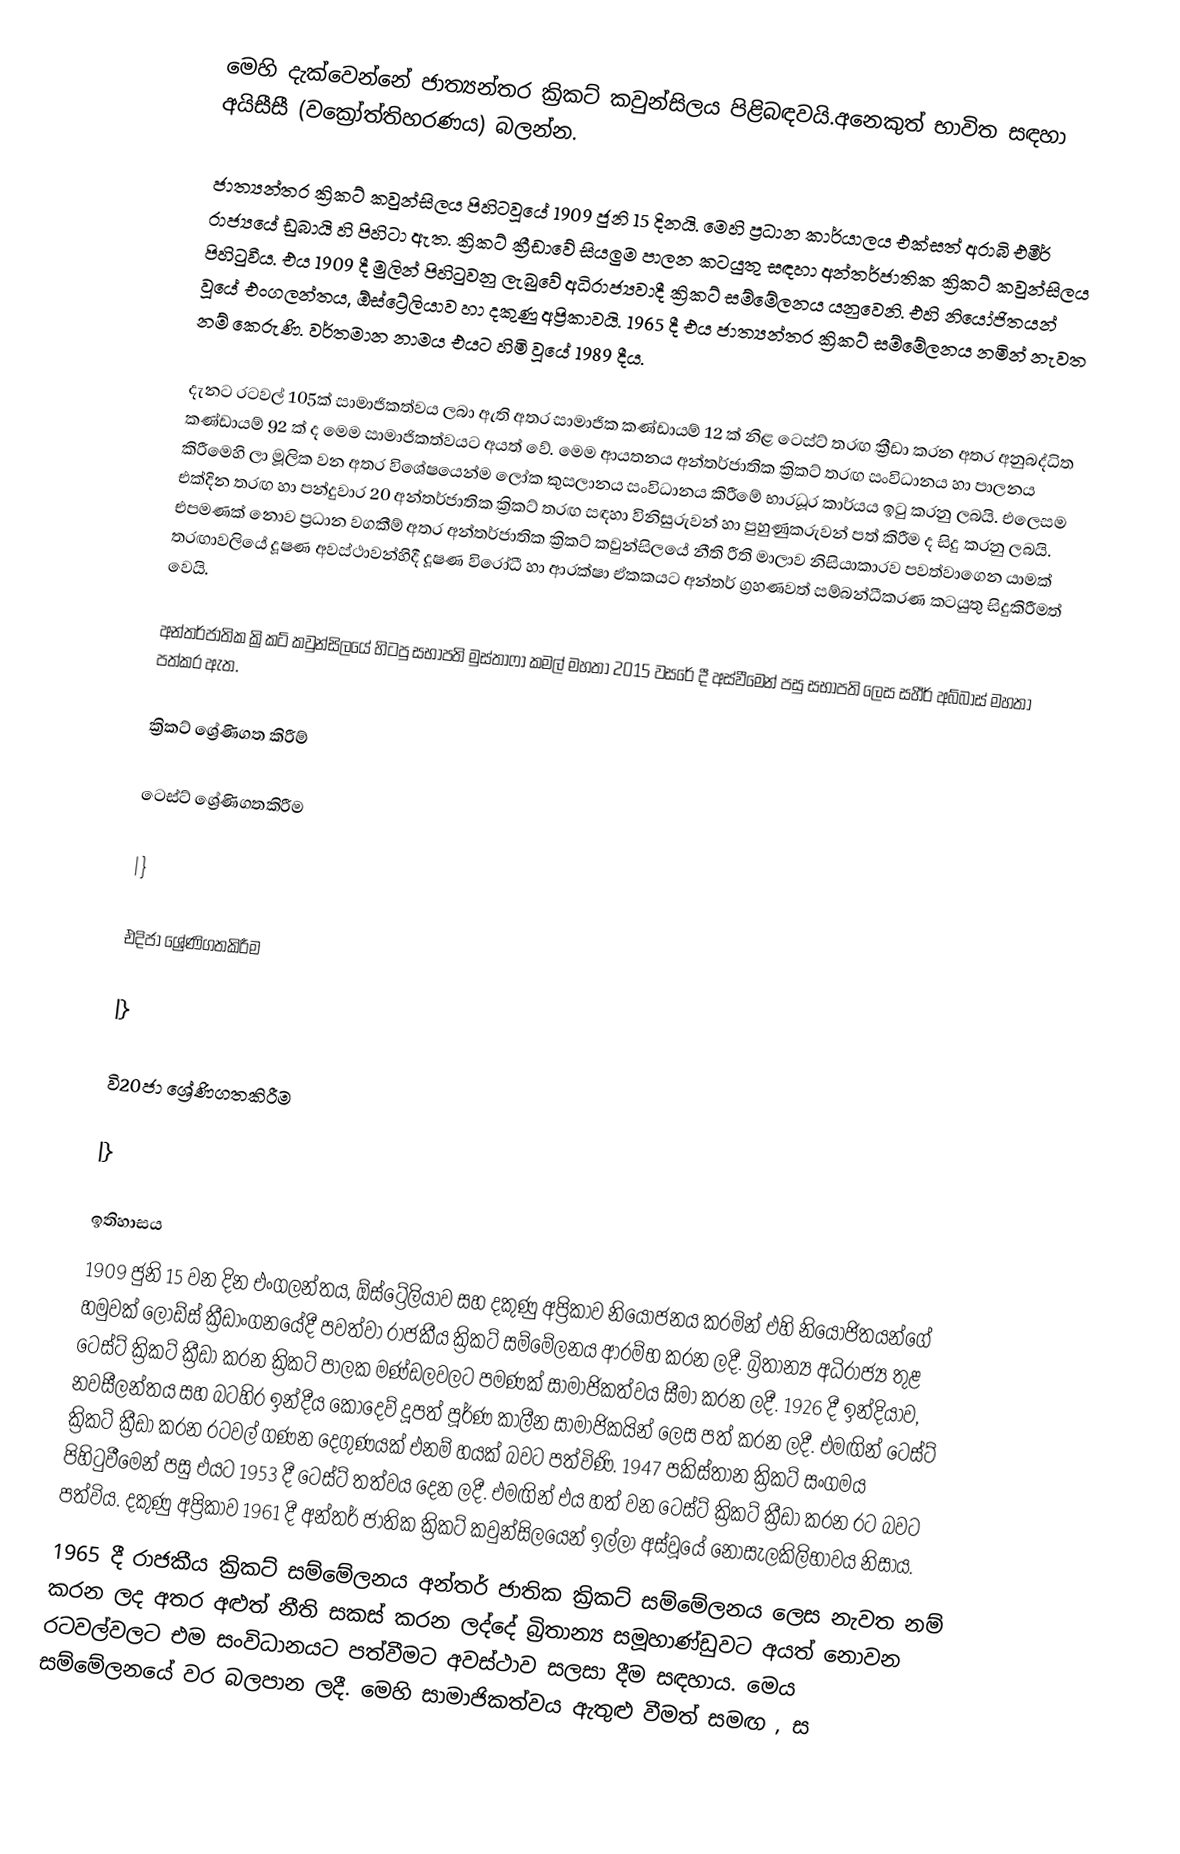
මෙහි දැක්වෙන්නේ ජාත්‍යන්තර ක්‍රිකට් කවුන්සිලය පිළිබඳවයි.අනෙකුත් භාවිත සඳහා අයිසීසී (වක්‍රෝත්තිහරණය) බලන්න.

ජාත්‍යන්තර ක්‍රිකට් කවුන්සිලය පිහිටවූයේ 1909 ජුනි 15 දිනයි. මෙහි ප්‍රධාන කාර්යාලය එක්සත් අරාබි එමීර් රාජ්‍යයේ ඩුබායි හි පිහිටා ඇත. ක්‍රිකට් ක්‍රීඩාවේ සියලුම පාලන කටයුතු සඳහා අන්තර්ජාතික ක්‍රිකට් කවුන්සිලය පිහිටුවීය. එය 1909 දී මුලින් පිහිටුවනු ලැබුවේ අධිරාජ්‍යවාදී ක්‍රිකට් සම්මේලනය යනුවෙනි. එහි නියෝජිතයන් වූයේ එංගලන්තය, ඕස්ට්‍රේලියාව හා දකුණු අප්‍රිකාවයි. 1965 දී එය ජාත්‍යන්තර ක්‍රිකට් සම්මේලනය නමින් නැවත නම් කෙරුණි. වර්තමාන නාමය එයට හිමි වූයේ 1989 දීය.

දැනට රටවල් 105ක් සාමාජිකත්වය ලබා ඇති අතර සාමාජික කණ්ඩායම් 12 ක් නිළ ටෙස්ට් තරඟ ක්‍රීඩා කරන අතර අනුබද්ධිත කණ්ඩායම් 92 ක් ද මෙම සාමාජිකත්වයට අයත් වේ. මෙම ආයතනය අන්තර්ජාතික ක්‍රිකට් තරඟ සංවිධානය හා පාලනය කිරීමෙහි ලා මූලික වන අතර විශේෂයෙන්ම ලෝක කුසලානය සංවිධානය කිරීමේ භාරධූර කාර්යය ඉටු කරනු ලබයි. එලෙසම එක්දින තරඟ හා පන්දුවාර 20 අන්තර්ජාතික ක්‍රිකට් තරඟ සඳහා විනිසුරුවන් හා පුහුණුකරුවන් පත් කිරීම ද සිදු කරනු ලබයි. එපමණක් නොව ප්‍රධාන වගකීම් අතර අන්තර්ජාතික ක්‍රිකට් කවුන්සිලයේ නීති රීති මාලාව නිසියාකාරව පවත්වාගෙන යාමක් තරඟාවලියේ දූෂණ අවස්ථාවන්හිදී දූෂණ විරෝධී හා ආරක්ෂා ඒකකයට අන්තර් ග්‍රහණවත් සම්බන්ධීකරණ කටයුතු සිදුකිරීමත් වෙයි.

අන්තර්ජාතික ක්‍රිකට් කවුන්සිලයේ හිටපු සභාපති මුස්තාෆා කමල් මහතා 2015 වසරේ දී අස්වීමෙන් පසු සභාපති ලෙස සහීර් අබ්බාස් මහතා පත්කර ඇත.

ක්‍රිකට් ශ්‍රේණිගත කිරීම්

ටෙස්ට් ශ්‍රේණිගතකිරීම

|}

එදිජා ශ්‍රේණිගතකිරීම

|}

වි20ජා ශ්‍රේණිගතකිරීම

|}

ඉතිහාසය
1909 ජුනි 15 වන දින එංගලන්තය, ඕස්ට්‍රේලියාව සහ දකුණු අප්‍රිකාව නියෝජනය කරමින් එහි නියෝජිතයන්ගේ හමුවක් ලෝඩ්ස් ක්‍රීඩාංගනයේදී පවත්වා රාජකීය ක්‍රිකට් සම්මේලනය ආරම්භ කරන ලදී. බ්‍රිතාන්‍ය අධිරාජ්‍ය තුළ ටෙස්ට් ක්‍රිකට් ක්‍රීඩා කරන ක්‍රිකට් පාලක මණ්ඩලවලට පමණක් සාමාජිකත්වය සීමා කරන ලදී. 1926 දී ඉන්දියාව, නවසීලන්තය සහ බටහිර ඉන්දීය කොදෙව් දූපත් පූර්ණ කාලීන සාමාජිකයින් ලෙස පත් කරන ලදී. එමඟින් ටෙස්ට් ක්‍රිකට් ක්‍රීඩා කරන රටවල් ගණන දෙගුණයක් එනම් හයක් බවට පත්විණි. 1947 පකිස්තාන ක්‍රිකට් සංගමය පිහිටුවීමෙන් පසු එයට 1953 දී ටෙස්ට් තත්වය දෙන ලදී. එමඟින් එය හත් වන ටෙස්ට් ක්‍රිකට් ක්‍රීඩා කරන රට බවට පත්විය. දකුණු අප්‍රිකාව 1961 දී අන්තර් ජාතික ක්‍රිකට් කවුන්සිලයෙන් ඉල්ලා අස්වූයේ නොසැලකිලිභාවය නිසාය.
1965 දී රාජකීය ක්‍රිකට් සම්මේලනය අන්තර් ජාතික ක්‍රිකට් සම්මේලනය ලෙස නැවත නම් කරන ලද අතර අළුත් නීති සකස් කරන ලද්දේ බ්‍රිතාන්‍ය සමූහාණ්ඩුවට අයත් නොවන රටවල්වලට එම සංවිධානයට පත්වීමට අවස්ථාව සලසා දීම  සඳහාය. මෙය සම්මේලනයේ වර බලපාන ලදී. මෙහි සාමාජිකත්වය ඇතුළු වීමත් සමඟ , ස